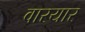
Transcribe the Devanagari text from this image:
वारयार